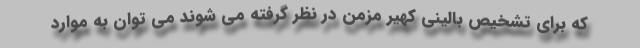
که برای تشخیص بالینی کهیر مزمن در نظر گرفته می شوند می توان به موارد